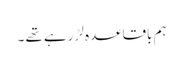
ہم باقاعدہ لڑ رہے تھے ۔